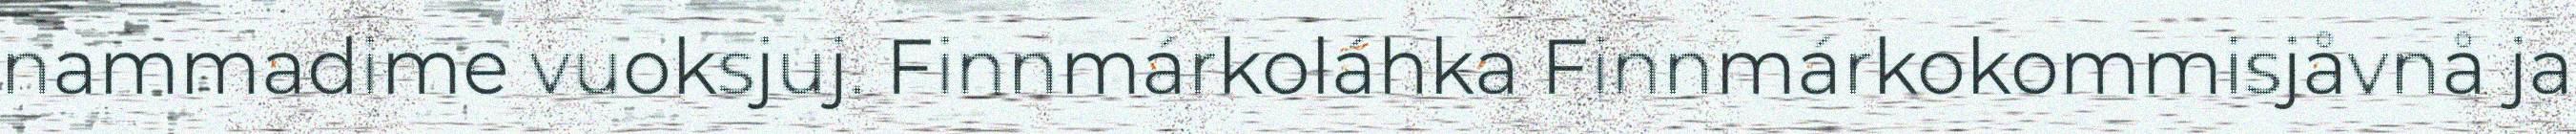
nammadime vuoksjuj. Finnmárkoláhka Finnmárkokommisjåvnå ja